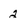
Character: 2